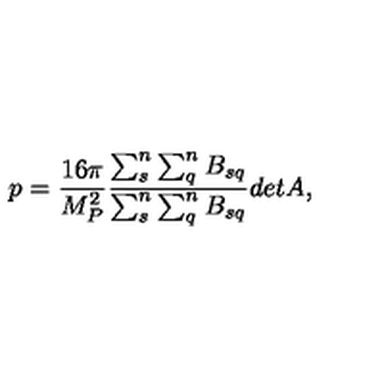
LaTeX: p = \frac { 1 6 \pi } { M _ { P } ^ { 2 } } \frac { \sum _ { s } ^ { n } \sum _ { q } ^ { n } B _ { s q } } { \sum _ { s } ^ { n } \sum _ { q } ^ { n } B _ { s q } } { d e t A } ,